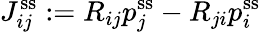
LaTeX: J_{ij}^{\mathrm{ss}}:=R_{ij}p_{j}^{\mathrm{ss}}-R_{ji}p_{i}^{\mathrm{ss}}